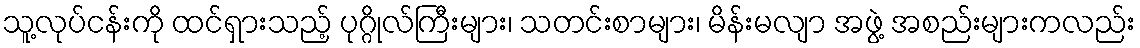
သူ့လုပ်ငန်းကို ထင်ရှားသည့် ပုဂ္ဂိုလ်ကြီးများ၊ သတင်းစာများ၊ မိန်းမလျာ အဖွဲ့ အစည်းများကလည်း